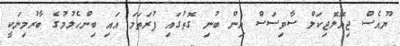
ޔޫއެސް ޖިއޮލޮޖިކަލް ސާވިސަސް އިން ބުނި ގޮތުގައި ފުރަތަމަ އައި ބިންހެލުމުގެ ބާރުމިނަކީ